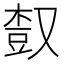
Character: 𣕒